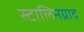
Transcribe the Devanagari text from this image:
स्टालिनग्राद